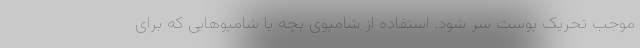
موجب تحریک پوست سر شود. استفاده از شامپوی بچه یا شامپوهایی که برای